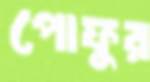
পোফুর